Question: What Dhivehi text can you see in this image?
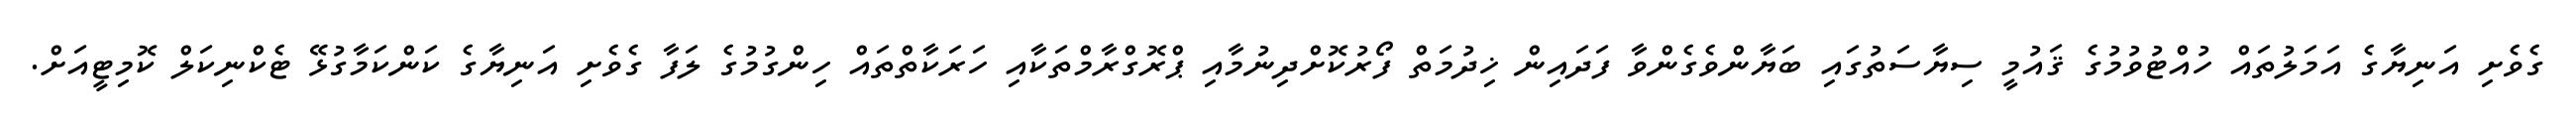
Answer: ގެވެށި އަނިޔާގެ އަމަލުތައް ހުއްޓުވުމުގެ ޤައުމީ ސިޔާސަތުގައި ބަޔާންވެގެންވާ ފަދައިން ޚިދުމަތް ފޯރުކޮށްދިނުމާއި ޕްރޮގްރާމްތަކާއި ހަރަކާތްތައް ހިންގުމުގެ ލަފާ ގެވެށި އަނިޔާގެ ކަންކަމާގުޅޭ ޓެކްނިކަލް ކޮމިޓީއަށް.